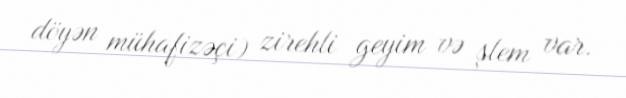
döyən mühafizəçi) zirehli geyim və şlem var.